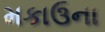
મકાઉના